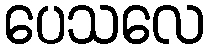
ပေသလေ